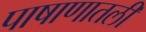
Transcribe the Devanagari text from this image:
पाषाणातली